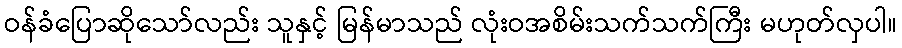
ဝန်ခံပြောဆိုသော်လည်း သူနှင့် မြန်မာသည် လုံးဝအစိမ်းသက်သက်ကြီး မဟုတ်လှပါ။